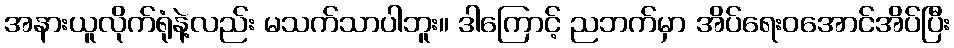
အနားယူလိုက်ရုံနဲ့လည်း မသက်သာပါဘူး။ ဒါကြောင့် ညဘက်မှာ အိပ်ရေးဝအောင်အိပ်ပြီး